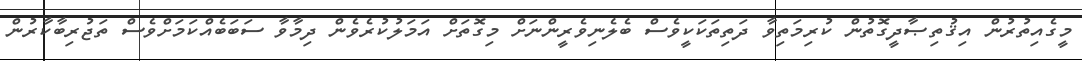
މީގެއިތުރުން އިޤުތިޞާދީގޮތުން ކުރިމަތިވާ ދަތިތަކަކީވެސް ބެލެނިވެރީންނަށް މިގޮތަށް އަމަލުކުރެވެން ދިމާވާ ސަބަބެއްކަމަށްވެސް ތަޖުރިބާކާރުން